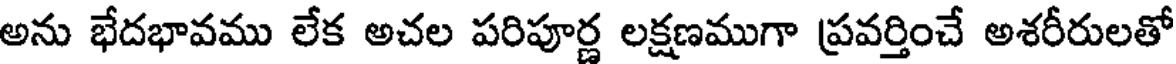
అను భేదభావము లేక అచల పరిపూర్ణ లక్షణముగా ప్రవర్తించే అశరీరులతో